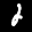
Label: 2